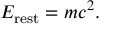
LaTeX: E _ { \mathrm { r e s t } } = m c ^ { 2 } .